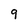
Character: 9